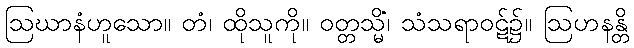
ဩဃာနံဟူသော။ တံ၊ ထိုသူကို။ ဝတ္တသ္မိံ၊ သံသရာဝဋ်၌။ ဩဟနန္တိ